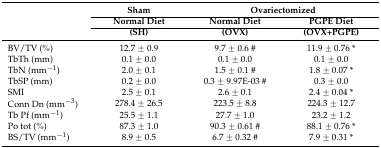
|  | Sham | <COLSPAN=2> Ovariectomized |
 | <ROWSPAN=2>  | Normal Diet | Normal Diet | PGPE Diet |
 | (SH) | (OVX) | (OVX+PGPE) |
 | --- | --- | --- | --- |
 | BV/TV (%) | 12.7 ± 0.9 | 9.7 ± 0.6 # | 11.9 ± 0.76 * |
 | TbTh (mm) | 0.1 ± 0.0 | 0.1 ± 0.0 | 0.1 ± 0.0 |
 | TbN (mm−1) | 2.0 ± 0.1 | 1.5 ± 0.1 # | 1.8 ± 0.07 * |
 | TbSP (mm) | 0.2 ± 0.0 | 0.3 ± 9.97E-03 # | 0.3 ± 0.0 |
 | SMI | 2.5 ± 0.1 | 2.6 ± 0.1 | 2.4 ± 0.04 * |
 | Conn Dn (mm−3) | 278.4 ± 26.5 | 223.5 ± 8.8 | 224.3 ± 12.7 |
 | Tb Pf (mm−1) | 25.5 ± 1.1 | 27.7 ± 1.0 | 23.2 ± 1.2 |
 | Po tot (%) | 87.3 ± 1.0 | 90.3 ± 0.61 # | 88.1 ± 0.76 * |
 | BS/TV (mm−1) | 8.9 ± 0.5 | 6.7 ± 0.32 # | 7.9 ± 0.31 * |